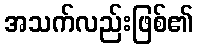
အသက်လည်းဖြစ်၏